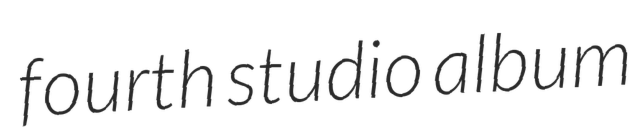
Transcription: fourth studio album